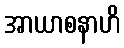
အာယာစနာဟိ